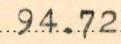
94.72